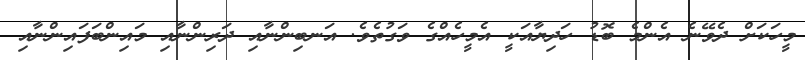
މީހަކަށް ދެވޭނެ އެންމެ ބޮޑު ހަދިޔާއަކީ އެމީހެއްގެ ވަގުތެވެ. އަނބިންނާއި ދަރިންނާއި މައިންބަފައިންނާއި